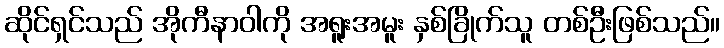
ဆိုင်ရှင်သည် အိုကီနာဝါကို အရူးအမူး နှစ်ခြိုက်သူ တစ်ဦးဖြစ်သည်။